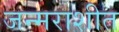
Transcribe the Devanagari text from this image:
जन्मराशीत